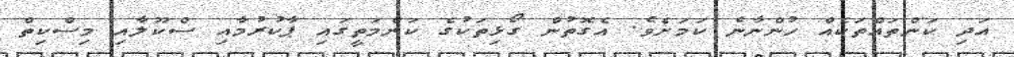
އަދި ކަންތައްތަކެއް ހުންނާނެ ކަމަށެވެ. އެގޮތުން ގޯޅިތަކުގެ ކަންމަތީގައި ޕާކުރުމާއި ސްކޫލާއި މިސްކިތް